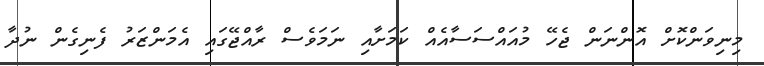
މިނިވަންކޮށް އޮންނަން ޖެހޭ މުއައްސަސާއެއް ކަމަށާއި ނަމަވެސް ރާއްޖޭގައި އެމަންޒަރު ފެނިގެން ނުދާ